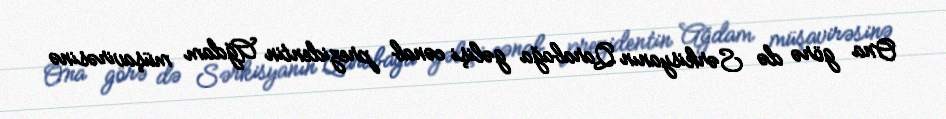
Ona görə də Sərkisyanın Qarabağa gəlişi cənab prezidentin Ağdam müşavirəsinə